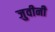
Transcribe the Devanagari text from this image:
जुवीनी